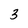
Character: 3